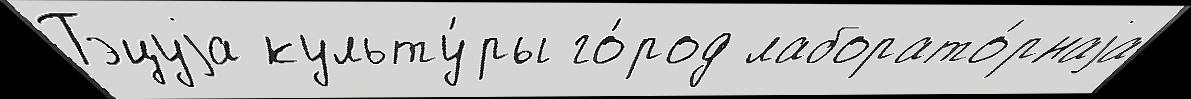
Тэцуjа культу́ры го́род лаборато́рнаjа